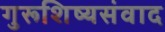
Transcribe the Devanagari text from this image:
गुरूशिष्यसंवाद